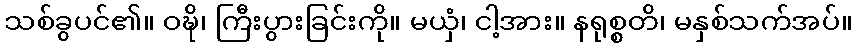
သစ်ခွပင်၏။ ဝဍ္ဎိ၊ ကြီးပွားခြင်းကို။ မယှံ၊ ငါ့အား။ နရုစ္စတိ၊ မနှစ်သက်အပ်။